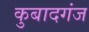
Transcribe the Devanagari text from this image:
कुबादगंज